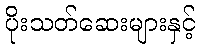
ပိုးသတ်ဆေးများနှင့်